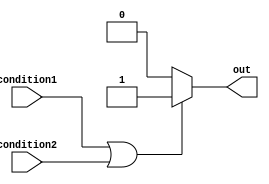
module if_else_statement (
    input wire condition1,
    input wire condition2,
    output reg out
);

always @(*) begin
    if (condition1 || condition2) begin
        // statements to execute if at least one condition is true
        out = 1;
    end
    else begin
        // statements to execute if none of the conditions are true
        out = 0;
    end
end

endmodule